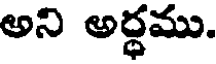
అని అర్ధము.